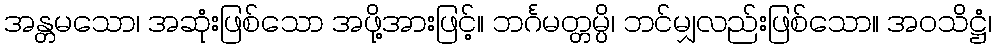
အန္တမသော၊ အဆုံးဖြစ်သော အဖို့အားဖြင့်။ ဘင်္ဂမတ္တမ္ပိ၊ ဘင်မျှလည်းဖြစ်သော။ အဝသိဋ္ဌံ၊